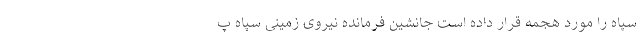
سپاه را مورد هجمه قرار داده است جانشین فرمانده نیروی زمینی سپاه پ